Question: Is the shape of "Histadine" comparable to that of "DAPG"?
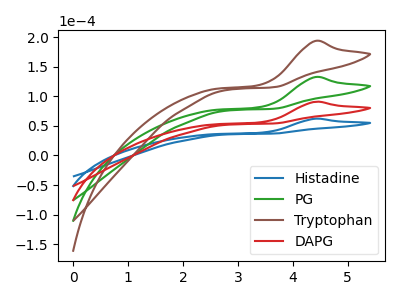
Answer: <think>The blue curve "Histadine" has an anodic peak at: (4.40V, 62.15uA). The green curve "PG" has an anodic peak at: (4.40V, 181.55uA). The brown curve "Tryptophan" has an anodic peak at: (4.40V, 272.35uA). The red curve "DAPG" has an anodic peak at: (4.40V, 90.80uA).
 All the peaks in "Histadine" have a peak in "DAPG" at the same potential. Every peak in "Histadine" is lower than every peak in "DAPG".</think>
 <answer>"Histadine" and "DAPG" are similar in shape.</answer>
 <eval>same_shape</eval>